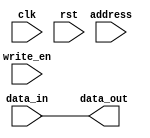
module DDR_SDRAM (
    input wire clk,
    input wire rst,
    input wire [7:0] address,
    input wire [7:0] data_in,
    input wire write_en,
    output reg [7:0] data_out
);

reg [1:0] state;

always @(posedge clk) begin
    if (rst) begin
        state <= 2'b00;
    end else begin
        case (state)
            2'b00: begin // Idle state
                if (write_en) begin
                    state <= 2'b01;
                end else begin
                    state <= 2'b00;
                end
            end
            2'b01: begin // Write state
                // Logic for writing data to SDRAM
                state <= 2'b00;
            end
            // Add more states for managing data transfer, refresh cycles, read commands, etc.
        endcase
    end
end

assign data_out = data_in; // Dummy assignment for now

endmodule